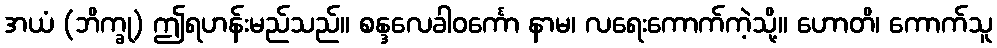
အယံ (ဘိက္ခု) ဤရဟန်းမည်သည်။ စန္ဒလေခါဝင်္ကော နာမ၊ လရေးကောက်ကဲ့သို့။ ဟောတိ၊ ကောက်သူ